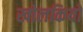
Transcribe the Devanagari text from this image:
खोलकियों